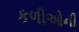
કળીઓની